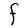
Character: F